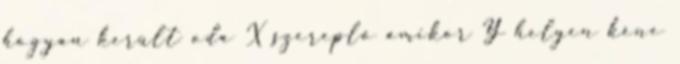
hogyan került oda X szereplő amikor Y helyen kéne